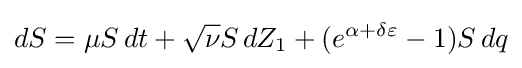
dS=\mu S\,dt+{\sqrt {\nu }}S\,dZ_{1}+(e^{\alpha +\delta \varepsilon }-1)S\,dq